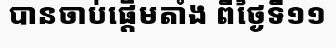
បានចាប់ផ្តើមតាំង ពីថ្ងៃទី១១